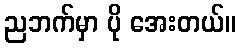
ညဘက်မှာ ပို အေးတယ်။